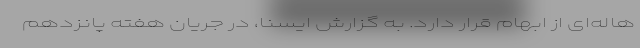
هاله‌ای از ابهام قرار دارد. به گزارش ایسنا، در جریان هفته پانزدهم